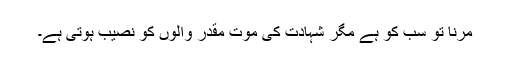
مرنا تو سب کو ہے مگر شہادت کی موت مقدر والوں کو نصیب ہوتی ہے۔